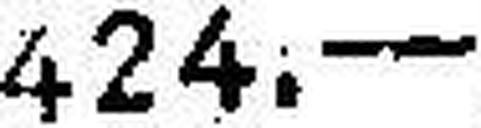
424.—